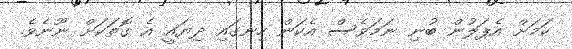
ކަމަށް އެޕަލުން ބުނި ނަމަވެސް އެކަން ހިނގައި ދިޔައީ އެ ގޮތަކަށް ނޫނެވެ.